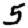
Digit: 5